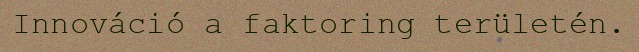
Innováció a faktoring területén.